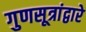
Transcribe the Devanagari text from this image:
गुणसूत्रांद्वारे